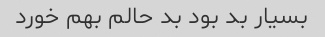
بسیار بد بود بد حالم بهم خورد